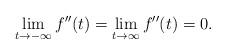
LaTeX: \begin{align*}\lim_{t\to -\infty}f''(t)=\lim_{t\to\infty}f''(t)=0.\end{align*}